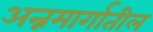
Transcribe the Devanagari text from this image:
अन्नमार्गातील